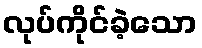
လုပ်ကိုင်ခဲ့သော